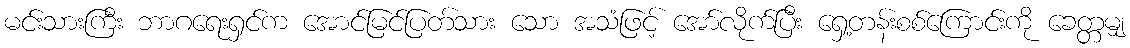
မင်းသားကြီး ဘာဂရေးရှင်က အောင်မြင်ပြတ်သား သော အသံဖြင့် အော်လိုက်ပြီး ရှေ့တန်းစစ်ကြောင်းကို ခေတ္တမျှ